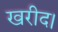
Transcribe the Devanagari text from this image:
खरीद।